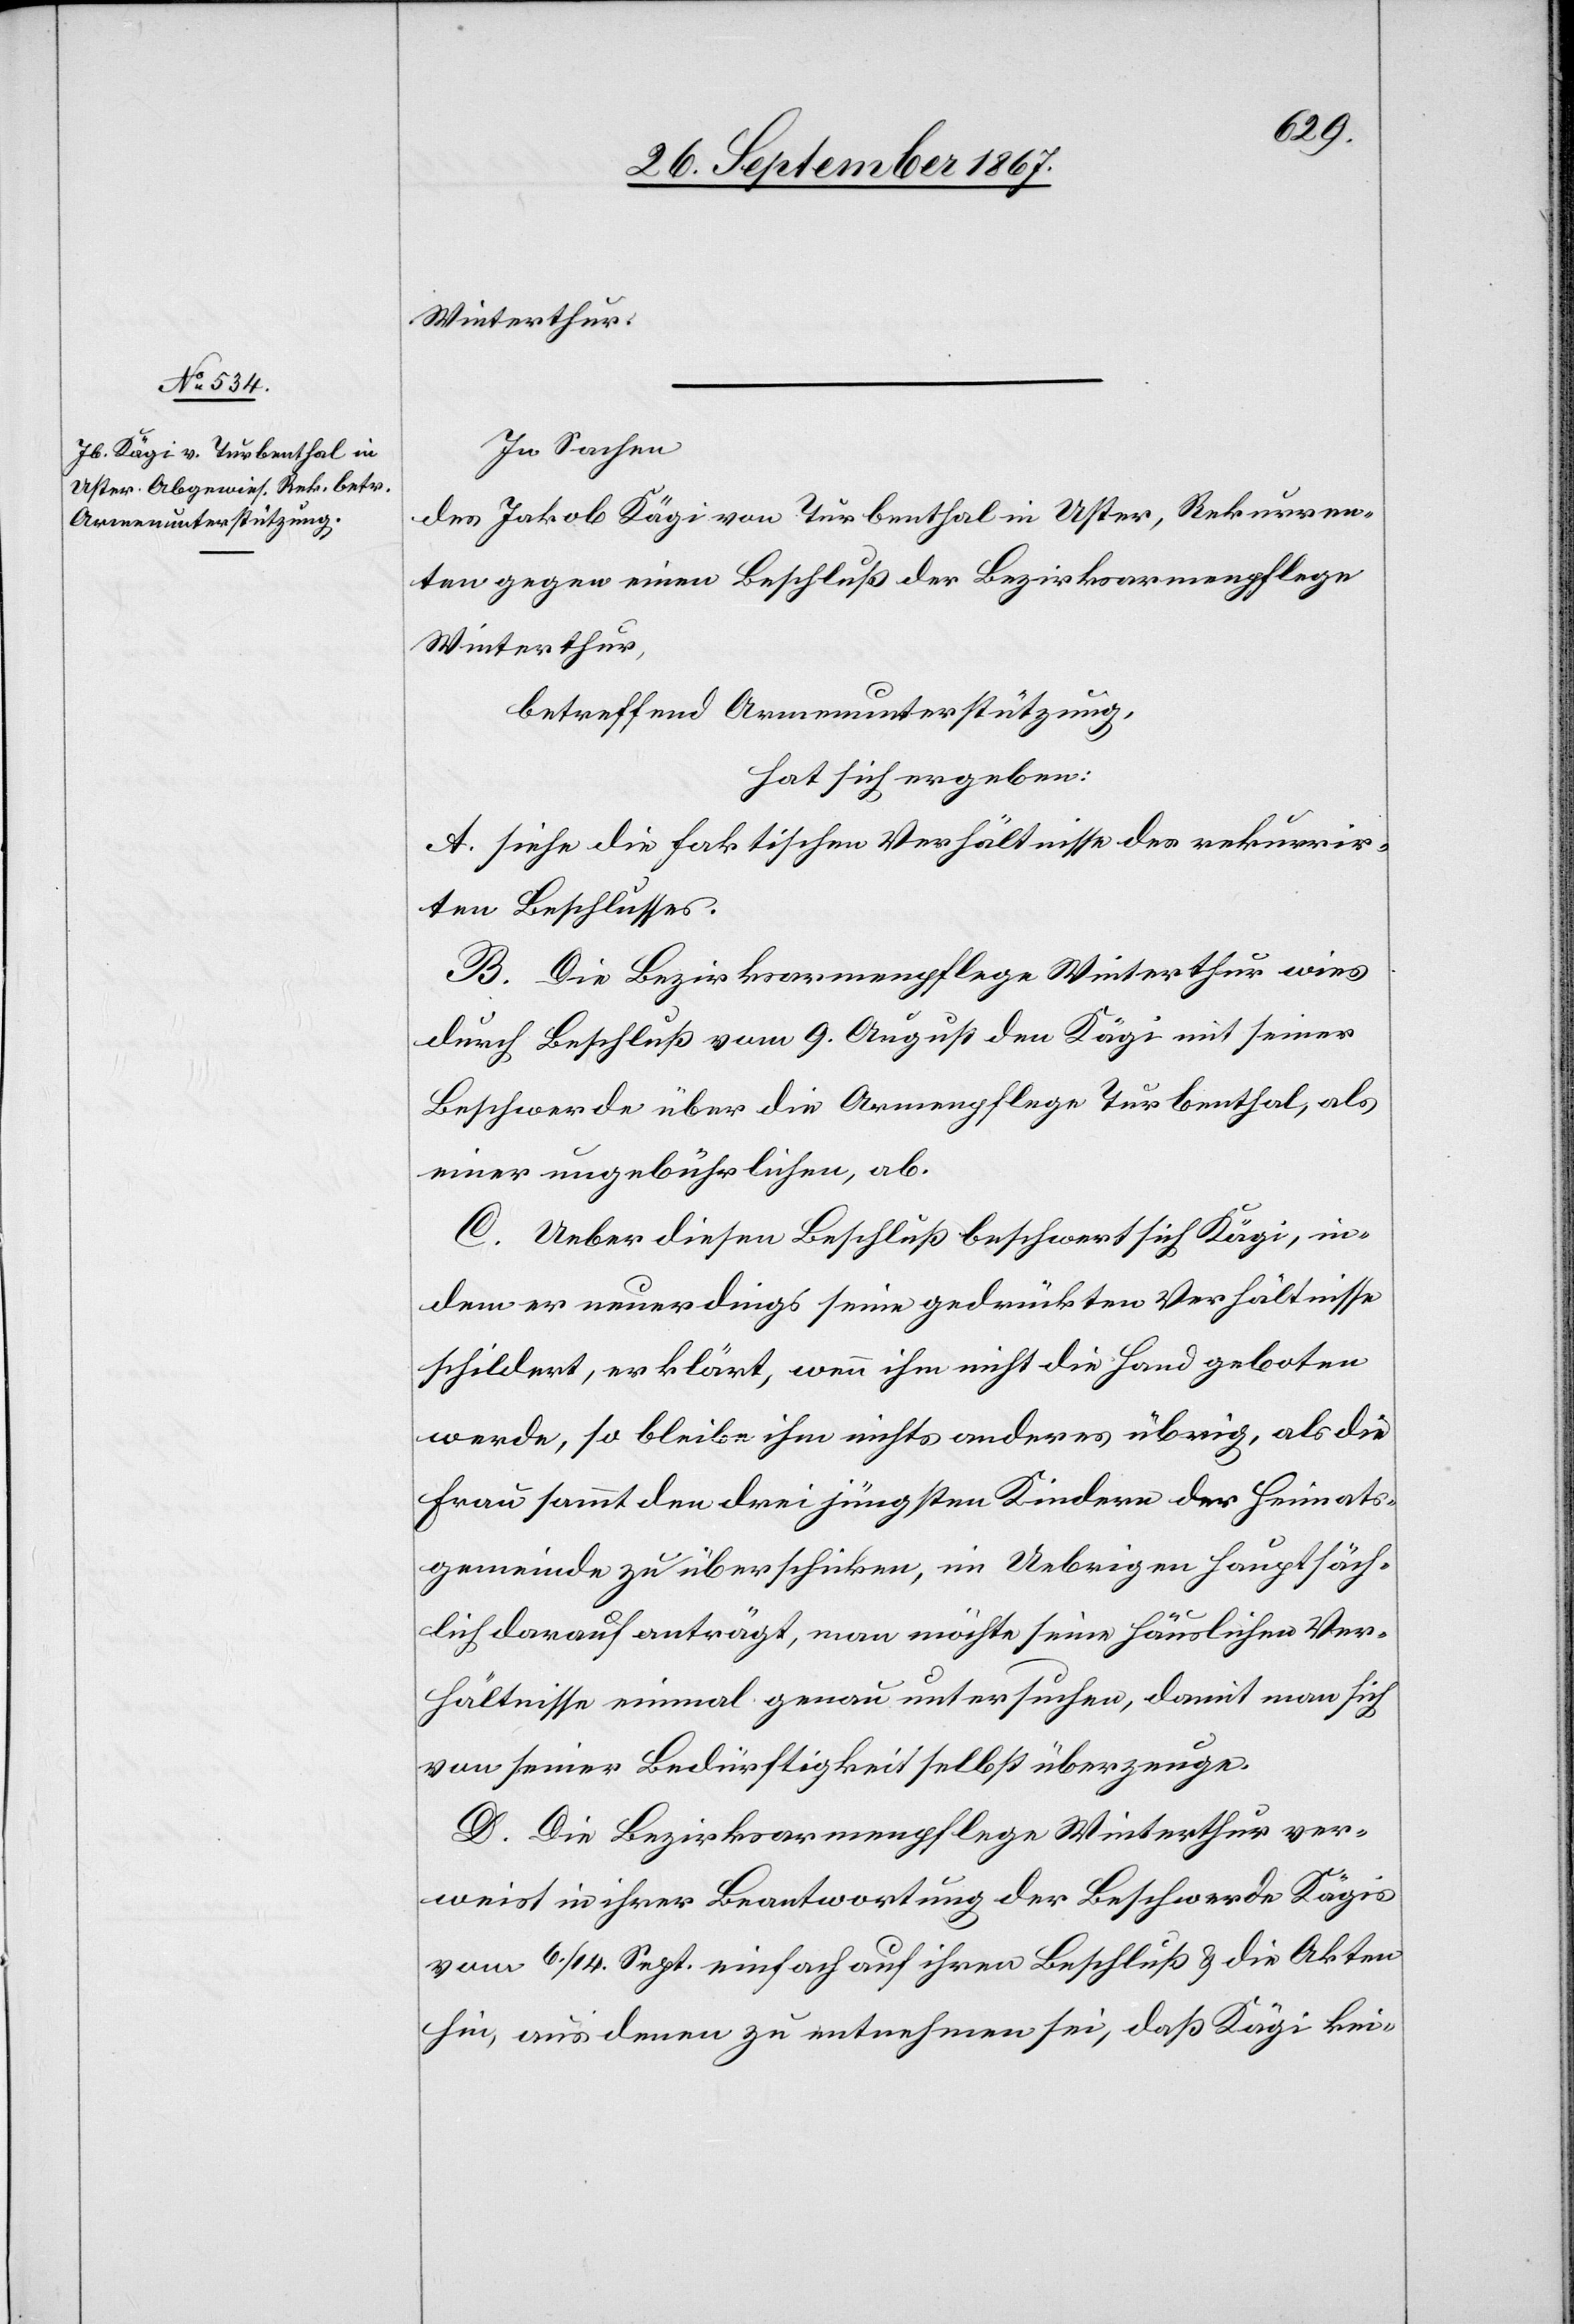
Winterthur.
In Sachen
des Jakob Kägi von Turbenthal in Uster, Rekurren¬
ten gegen einen Beschluß der Bezirksarmenpflege
Winterthur,
betreffend Armenunterstützung,
hat sich ergeben:
A. siehe die faktischen Verhältnisse des rekurrir¬
ten Beschlusses.
B. Die Bezirksarmenpflege Winterthur wies
durch Beschluß vom 9. August den Kägi mit seiner
Beschwerde über die Armenpflege Turbenthal, als
einer ungebührlichen, ab.
C. Ueber diesen Beschluß beschwert sich Kägi, in¬
dem er neuerdings seine gedrückten Verhältnisse
schildert, erklärt, wenn ihm nicht die Hand geboten
werde, so bleibe ihm nichts anderes übrig, als die
Frau sammt den drei jüngsten Kindern der Heimats¬
gemeinde zu überschicken, in Uebrigen hauptsäch¬
lich darauf anträgt, man möchte seine häuslichen Ver¬
hältnisse einmal genau untersuchen, damit man sich
von seiner Bedürftigkeit selbst überzeuge.
D. Die Bezirksarmenpflege Winterthur ver¬
weist in ihrer Beantwortung der Beschwerde Kägis
vom 6./14. Sept. einfach auf ihren Beschluß u. die Akten
hin, aus denen zu entnehmen sei, daß Kägi kei-